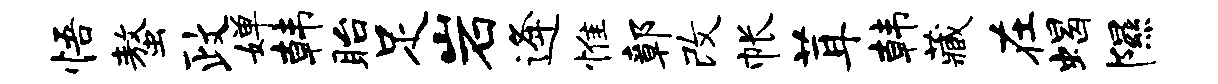
悟螯政婵韩眙足岩逄惟鄣改帐茸韩藏在蝎隰